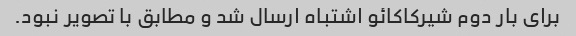
برای بار دوم شیرکاکائو اشتباه ارسال شد و مطابق با تصویر نبود.